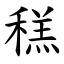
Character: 䅵